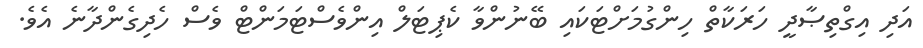
އަދި އިގްތިޞާދީ ހަރަކާތް ހިންގުމަށްޓަކައި ބޭނުންވާ ކެޕިޓަލް އިންވެސްޓަމަންޓް ވެސް ހެދިގެންދާނެ އެވެ.